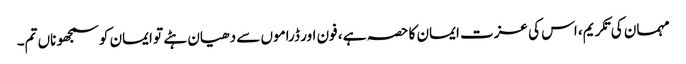
مہمان کی تکریم، اس کی عزت ایمان کا حصہ ہے ، فون اور ڈراموں سے دھیان ہٹے تو ایمان کو سمجھو ناں تم۔